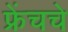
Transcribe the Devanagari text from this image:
फ्रेंचचे